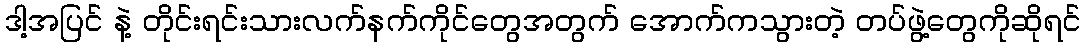
ဒါ့အပြင် နဲ့ တိုင်းရင်းသားလက်နက်ကိုင်တွေအတွက် အောက်ကသွားတဲ့ တပ်ဖွဲ့တွေကိုဆိုရင်